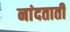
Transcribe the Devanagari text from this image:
नांदताती